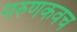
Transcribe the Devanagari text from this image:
गरुणकवच